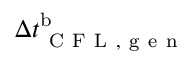
{ \Delta t _ { \mathrm { ~ C ~ F ~ L ~ , ~ g ~ e ~ n ~ } } ^ { \mathrm { b } } }